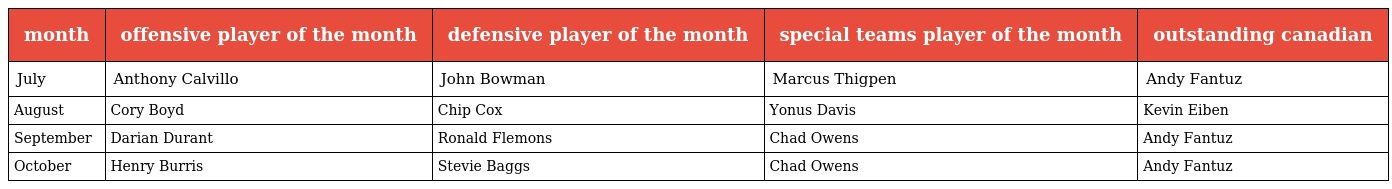
| month | offensive player of the month | defensive player of the month | special teams player of the month | outstanding canadian |
 | --- | --- | --- | --- | --- |
 | July | Anthony Calvillo | John Bowman | Marcus Thigpen | Andy Fantuz |
 | August | Cory Boyd | Chip Cox | Yonus Davis | Kevin Eiben |
 | September | Darian Durant | Ronald Flemons | Chad Owens | Andy Fantuz |
 | October | Henry Burris | Stevie Baggs | Chad Owens | Andy Fantuz |